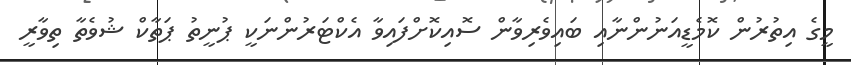
މީގެ އިތުރުން ކޮމެޑީއަނުންނާއި ބައިވެރިވާން ސޮއިކޮށްފައިވާ އެކްޓަރުންނަކީ ޕުނީތު ޕަތާކް ޝުވެތާ ތިވާރީ